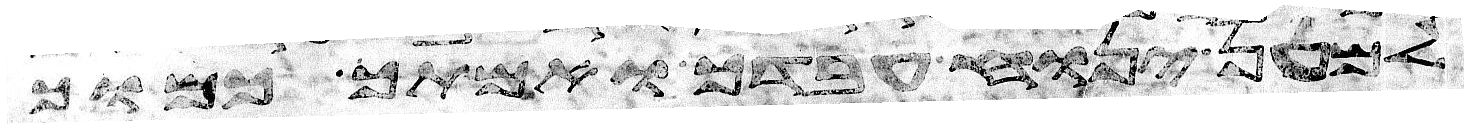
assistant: למען ינוח עבדך ואמתך כמוך